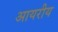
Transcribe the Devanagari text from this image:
आयरीय